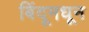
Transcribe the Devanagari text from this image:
बिंदूमधून